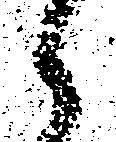
候